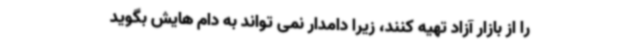
را از بازار آزاد تهیه کنند، زیرا دامدار نمی تواند به دام هایش بگوید